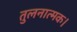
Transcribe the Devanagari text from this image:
तुलनात्मक।